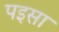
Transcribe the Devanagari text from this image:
पइसा